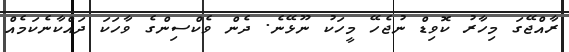
ރާއްޖޭގަ މިހާރު ކޮވިޑް ނުޖެހޭ މީހަކު ނޫޅޭނެ. ދެން ވެކްސިންގެ ވާހަކަ ދައްކާނެކަމެއް